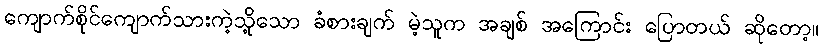
ကျောက်စိုင်ကျောက်သားကဲ့သို့သော ခံစားချက် မဲ့သူက အချစ် အကြောင်း ပြောတယ် ဆိုတော့။